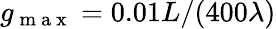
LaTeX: g_{\mathrm{~m~a~x~}}=0.01L/(400\lambda)